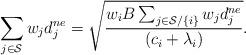
LaTeX: \begin{align*}\sum_{j \in \mathcal {S}}w_jd_j^{ne}=\sqrt{\frac{w_iB\sum_{j \in \mathcal {S}/\{i\}}w_jd_j^{ne}}{(c_i+\lambda_i)}}.\end{align*}